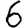
Digit: 6